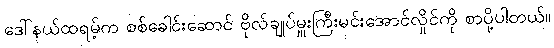
ဒေါ်နယ်ထရမ့်က စစ်ခေါင်းဆောင် ဗိုလ်ချုပ်မှူးကြီးမင်းအောင်လှိုင်ကို စာပို့ပါတယ်။